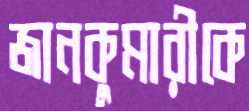
জানকুমারীকে